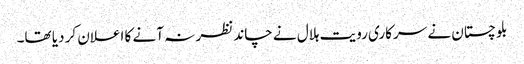
بلوچستان نے سرکاری رویت ہلال نے چاند نظر نہ آنے کا اعلان کر دیا تھا۔